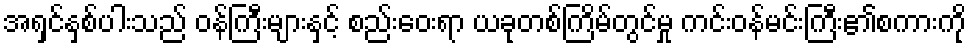
အရှင်နှစ်ပါးသည် ဝန်ကြီးများနှင့် စည်းဝေးရာ ယခုတစ်ကြိမ်တွင်မှု ကင်းဝန်မင်းကြီး၏စကားကို